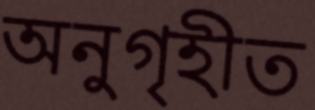
অনুগৃহীত